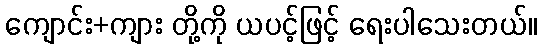
ကျောင်း+ကျား တို့ကို ယပင့်ဖြင့် ရေးပါသေးတယ်။